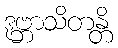
ဒုဗ္ဘာသိတန္တိ